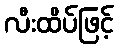
လီးထိပ်ဖြင့်